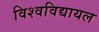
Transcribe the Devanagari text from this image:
विश्‍वविद्यायल